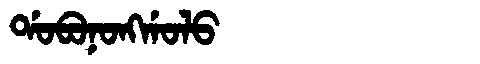
Manchu: ᡩᠣᠪᠣᠨᠣᠩᡤᠣᠯᠣ
Romanization: DOBONONGGOLO